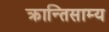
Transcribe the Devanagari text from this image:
क्रान्तिसाम्य